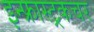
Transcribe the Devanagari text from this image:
इन्फ्रास्ट्रकचर